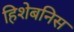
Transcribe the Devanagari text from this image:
हिशेबनिस